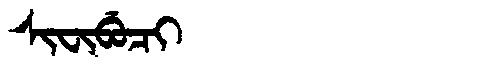
Manchu: ᠰᡳᠸᡳᠪᡠᠴᡳ
Romanization: SIFIBUCI